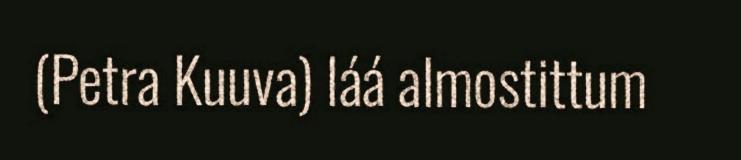
(Petra Kuuva) láá almostittum